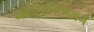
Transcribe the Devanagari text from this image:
नवदंपतिमिलन